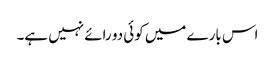
اس بارے میں کوئی دو رائے نہیں ہے۔